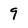
Character: 9